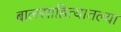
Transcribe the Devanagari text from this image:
बालसाहित्यातल्या